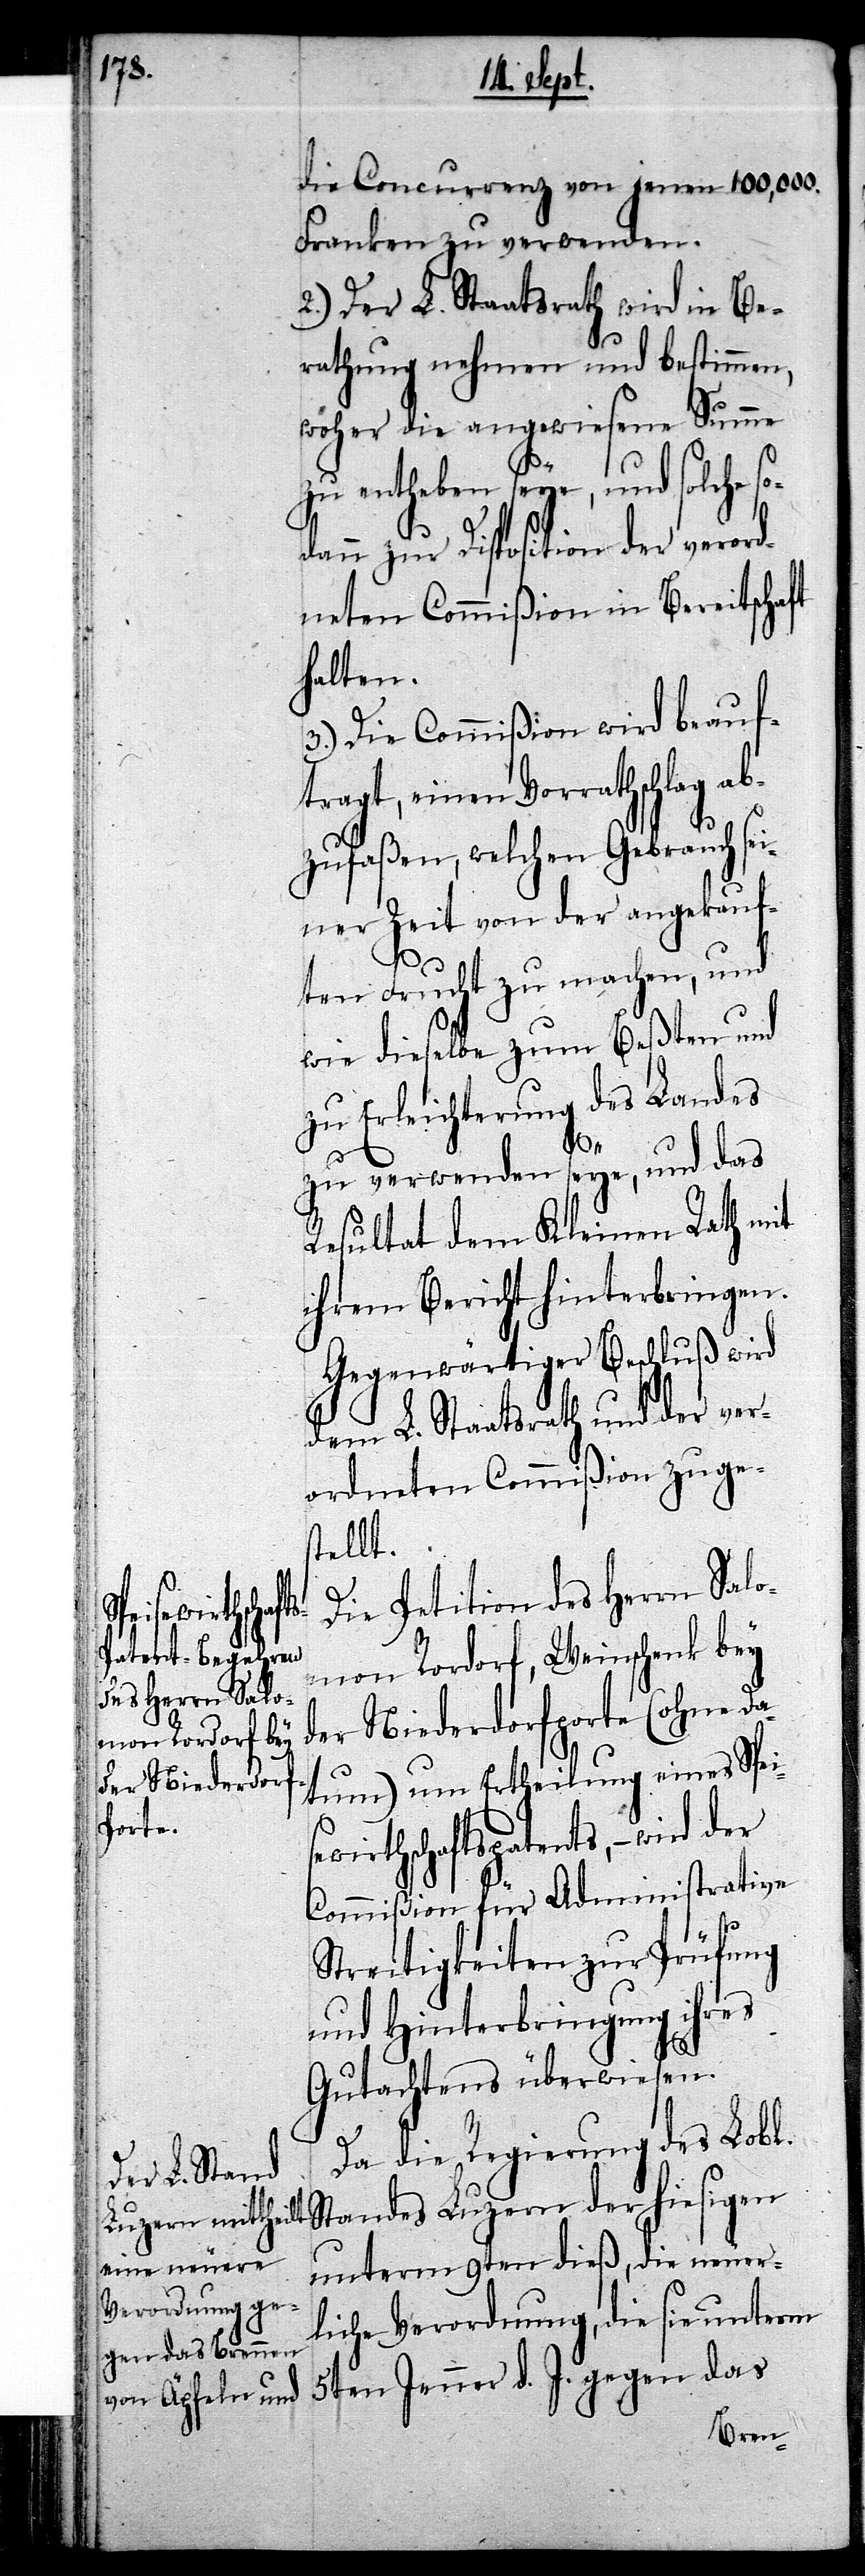
die Concurrenz von jenen 100,000.
Franken zu verwenden.
2.) Der L. Staatsrath wird in Be¬
rathung nehmen und bestimmen,
woher die angewiesene Summe
zu entheben seye, und solche so¬
dann zur Disposition der verord¬
neten Commißion in Bereitschaft
halten.
3.) Die Commißion wird beauft¬
ragt, einen Vorrathschlag
zufaßen, welchen Gebrauch sei¬
ner Zeit von der angekauf¬
ten Frucht zu machen, und
wie dieselbe zum Beßten und
zu Erleichterung des Landes
ab¬
zu verwenden seye, und das
Resultat dem Kleinen Rath mit
ihrem Bericht hinterbringen.
Gegenwärtiger Beschluß wird
dem L. Staatsrath und der ver¬
ordneten Commißion zuge¬
stellt.
Die Petition des Herrn Salo¬
mon Rordorf, Weinschenk bey
der Niederdorfporte (ohne Da¬
tum) um Ertheilung eines Spei¬
sewirthschaftspatents, – wird der
Commißion für Administrative
Streitigkeiten zur Prüfung
und Hinterbringung ihres
Gutachtens überwiesen.
Da die Regierung des Lobl.
Standes Luzern der hiesigen
unterm 9ten dieß, die neuer¬
liche Verordnung, die sie unterm
5ten Jenner d. J. gegen das